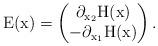
LaTeX: \begin{align*}\mathrm{E}(\mathrm{x}) = \begin{pmatrix}\partial_{\mathrm{x_2}} \mathrm{H}(\mathrm{x}) \\-\partial_{\mathrm{x_1}} \mathrm{H}(\mathrm{x})\end{pmatrix}.\end{align*}